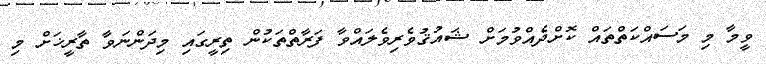
ވީމާ މި މަސައްކަތްތައް ކޮށްދެއްވުމަށް ޝައުޤުވެރިވެލައްވާ ފަރާތްތަކުން ތިރީގައި މިދަންނަވާ ތާރީޚަށް މި